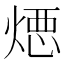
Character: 𱫣